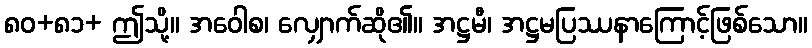
၈၀+၈၁+ ဤသို့။ အဝေါစ၊ လျှောက်ဆို၏။ အဋ္ဌမီ၊ အဋ္ဌမပြဿနာကြောင့်ဖြစ်သော။